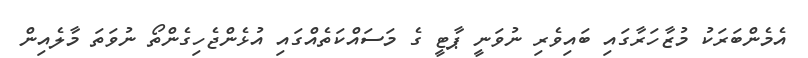
އެމެންބަރަކު މުޒާހަރާގައި ބައިވެރި ނުވަނީ ޕާޓީ ގެ މަސައްކަތެއްގައި އުޅެންޖެހިގެންތޯ ނުވަތަ މާލެއިން